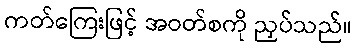
ကတ်ကြေးဖြင့် အဝတ်စကို ညှပ်သည်။